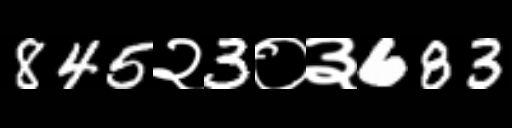
Text: 845२3०३683